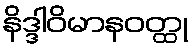
နိဒ္ဒါဝိမာနဝတ္ထု